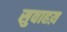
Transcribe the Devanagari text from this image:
सुवाहय़